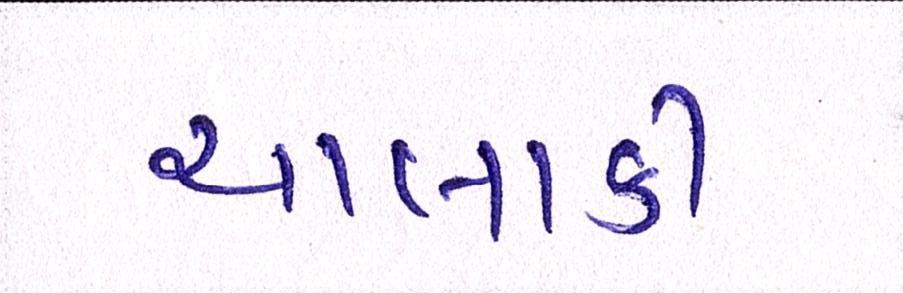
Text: ચાલાકી